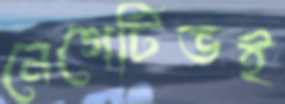
নেগেটিভই